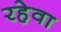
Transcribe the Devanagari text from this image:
रहेवा